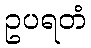
ဥပရတံ